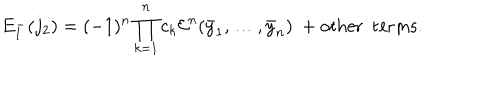
E _ { 1 } ^ { - } ( j _ { 2 } ) = ( - 1 ) ^ { n } \prod _ { k = 1 } ^ { n } c _ { k } { \cal E } ^ { n } ( \bar { y } _ { 1 } , \dots , \bar { y } _ { n } ) \ + \mathrm { o t h e r \ \ t e r m s } .